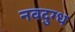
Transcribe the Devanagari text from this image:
नवदुग्ध